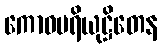
ကောဓပရိယုဋ္ဌိတေန